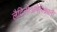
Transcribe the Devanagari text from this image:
लैटिनोअमेरिकाना